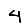
Digit: 4